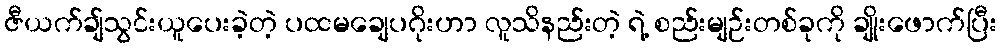
ဇီယက်ချ်သွင်းယူပေးခဲ့တဲ့ ပထမချေပဂိုးဟာ လူသိနည်းတဲ့ ရဲ့ စည်းမျဉ်းတစ်ခုကို ချိုးဖောက်ပြီး